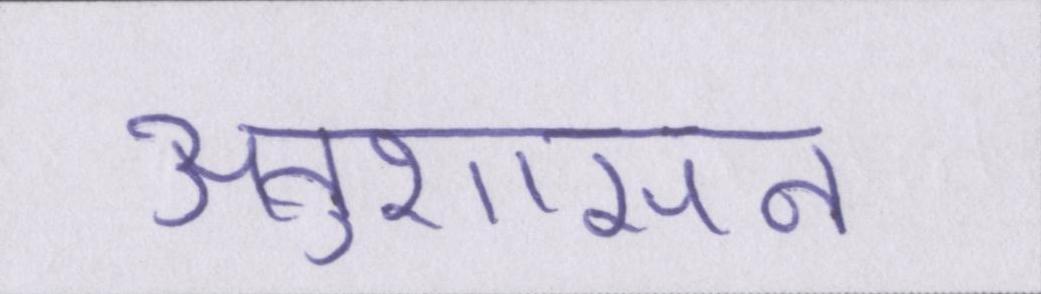
अनुशासन